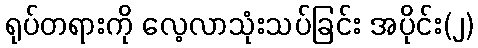
ရုပ်တရားကို လေ့လာသုံးသပ်ခြင်း အပိုင်း(၂)